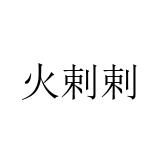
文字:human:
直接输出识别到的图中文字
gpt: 火剌剌